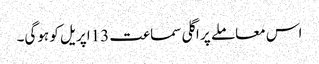
اس معاملے پر اگلی سماعت 13اپریل کو ہوگی۔